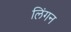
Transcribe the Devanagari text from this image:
लिंगन